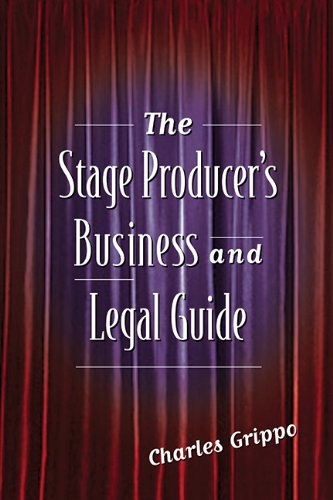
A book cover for The Stage Producer's Business and Legal Guide; Charles Grippo; Law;